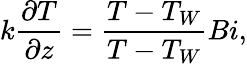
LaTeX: k\frac{\partial T}{\partial z}=\frac{T-T_{W}}{T-T_{W}}{Bi},